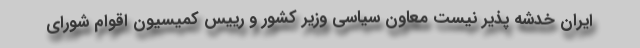
ایران خدشه پذیر نیست معاون سیاسی وزیر کشور و رییس کمیسیون اقوام شورای